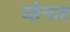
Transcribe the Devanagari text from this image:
व्हेनल